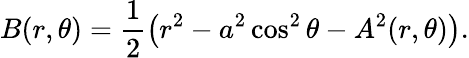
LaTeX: B(r,\theta)=\frac{1}{2}\left(r^{2}-a^{2}\cos^{2}\theta-A^{2}(r,\theta)\right).